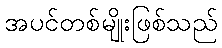
အပင်တစ်မျိုးဖြစ်သည်